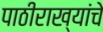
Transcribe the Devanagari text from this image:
पाठीराख्यांचे